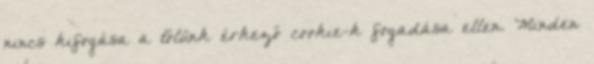
nincs kifogása a tőlünk érkező cookie-k fogadása ellen. Minden